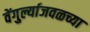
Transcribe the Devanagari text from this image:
वेंगुर्ल्याजवळच्या